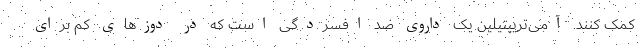
کمک کنند. آمی‌تریپتیلین یک داروی ضد افسردگی است که در دوزهای کم برای